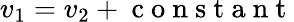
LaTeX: v_{1}=v_{2}+\mathrm{~c~o~n~s~t~a~n~t~}